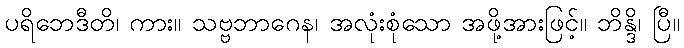
ပရိဘေဒီတိ၊ ကား။ သဗ္ဗဘာဂေန၊ အလုံးစုံသော အဖို့အားဖြင့်။ ဘိန္ဒိ၊ ပြီ။